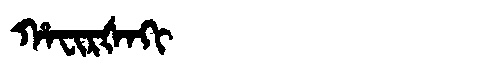
Manchu: ᡥᠠᠸᡳᡵᡧᠠᡴᡳ
Romanization: HAFIRŠAKI